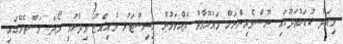
މިއަދު ކުޑަހުވަދޫގައި ނޫސްވެރިންނަށް މައުލޫމާާތު ދެއްވަމުން މިނިސްޓަރު މުއިއްޒު ވިދާޅުވީ ރޯދަ މަސްތެރޭގައި